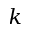
k